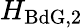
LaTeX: H_{\mathrm{BdG},2}